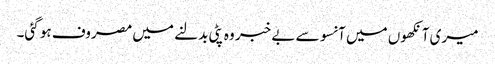
میری آنکھوں میں آنسو سے بے خبر وہ پٹی بدلنے میں مصروف ہو گئی۔